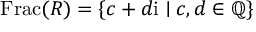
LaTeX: \operatorname { F r a c } ( R ) = \{ c + d \mathrm { i } \mid c , d \in \mathbb { Q } \}